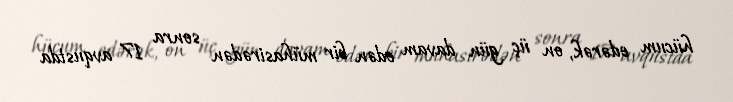
hücum edərək, on üç gün davam edən bir mühasirədən sonra 17 avqustda